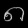
Digit: ၈